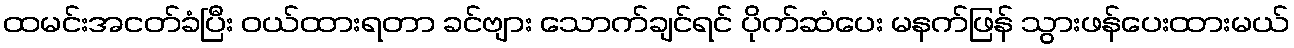
ထမင်းအငတ်ခံပြီး ဝယ်ထားရတာ ခင်ဗျား သောက်ချင်ရင် ပိုက်ဆံပေး မနက်ဖြန် သွားဖန်ပေးထားမယ်